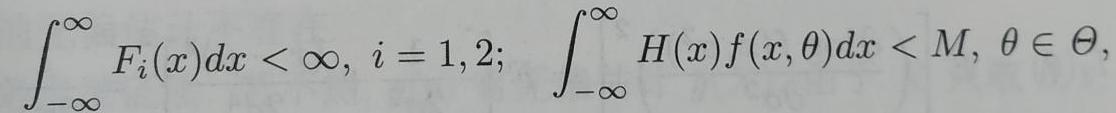
\[
\int_{-\infty}^{\infty} F_{i}(x) d x<\infty, \ i = 1,2; \quad \int_{-\infty}^{\infty} H(x) f(x, \theta) d x<M, \ \theta \in \Theta
\]